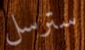
سترسل